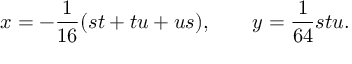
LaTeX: x = - { \frac { 1 } { 1 6 } } ( s t + t u + u s ) , \qquad y = { \frac { 1 } { 6 4 } } s t u .